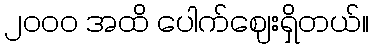
၂၀၀၀ အထိ ပေါက်ဈေးရှိတယ်။